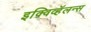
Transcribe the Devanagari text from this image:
इक्विव्हॅलन्स